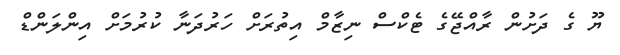
ޔޫ ގެ ދަށުން ރާއްޖޭގެ ޓެކްސް ނިޒާމް އިތުރަށް ހަރުދަނާ ކުރުމަށް އިންލަންޑް